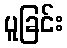
ပူခြင်း